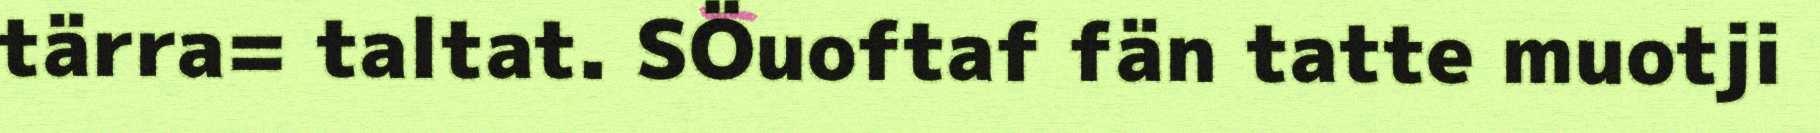
tärra= taltat. SÖuoftaf fän tatte muotji